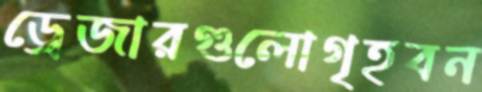
ড্রেজারগুলোগৃহবন